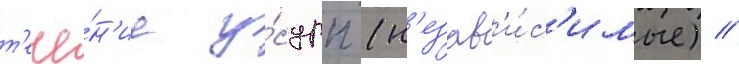
т'ече́н'ие у́сдрп (н'езав'и́с'имые) //